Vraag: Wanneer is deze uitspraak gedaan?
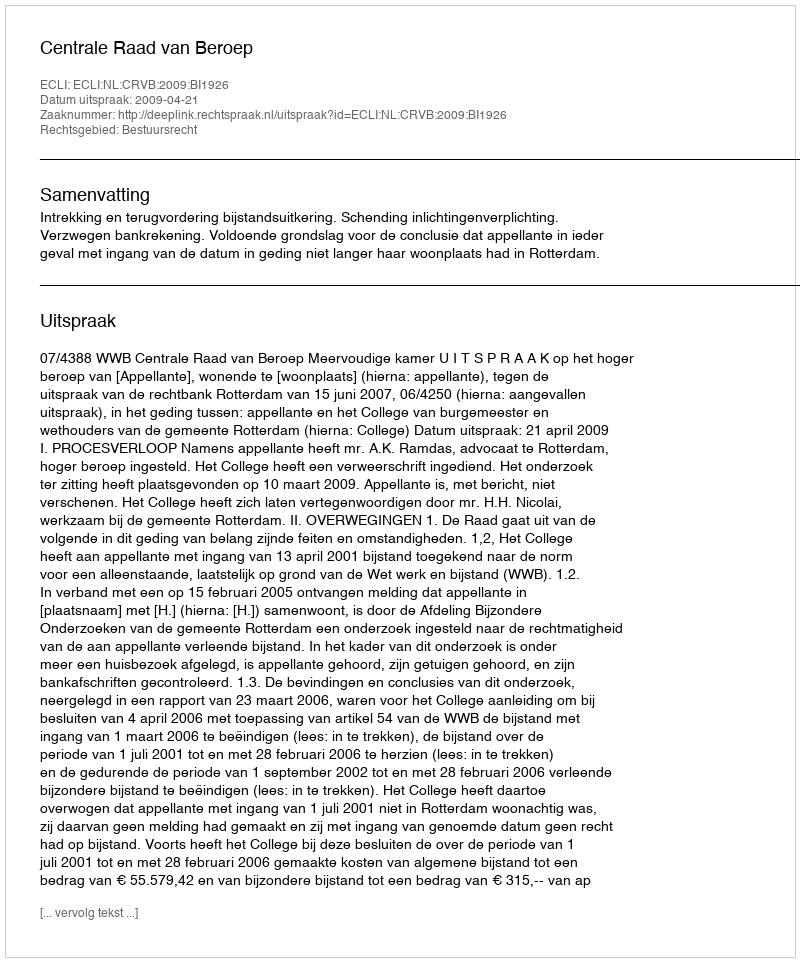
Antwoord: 2009-04-21